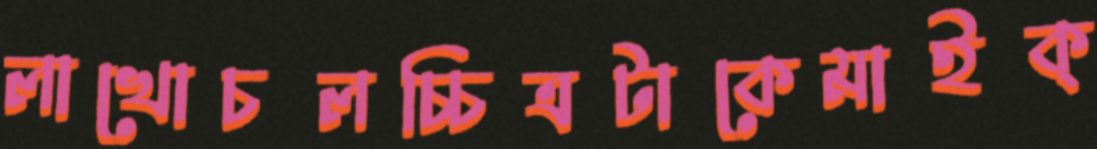
লাখোচলচ্চিত্রটাকেমাইক্